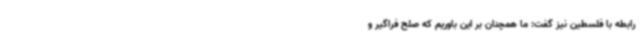
رابطه با فلسطین نیز گفت: ما همچنان بر این باوریم که صلح فراگیر و